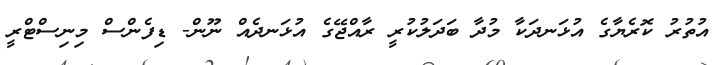
އުތުރު ކޮރެޔާގެ އުޅަނދަކާ މުދާ ބަދަލުކުރީ ރާއްޖޭގެ އުޅަނދެއް ނޫން- ޑިފެންސް މިނިސްޓްރީ